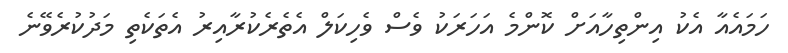
ހަމައެއާ އެކު އިންތިހާއަށް ކޮންމެ އަހަރަކު ވެސް ވެހިކަލް އެތެރެކުރާއިރު އެތަކެތި މަދުކުރެވޭނެ